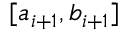
[ a _ { i + 1 } , b _ { i + 1 } ]